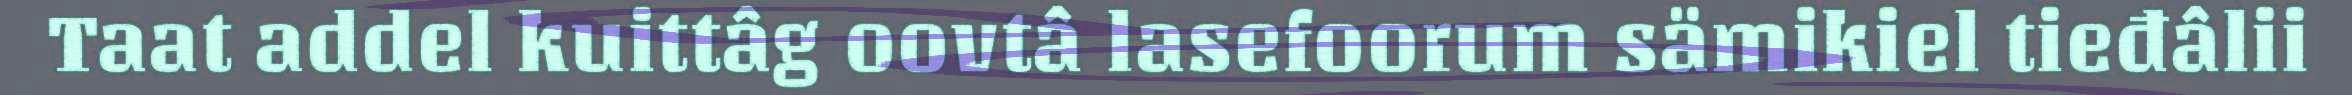
Taat addel kuittâg oovtâ lasefoorum sämikiel tieđâlii